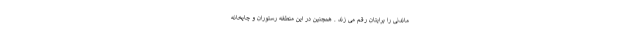
ماندنی را برایتان رقم می زند . همچنین در این منطقه رستوران و چایخانه